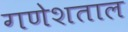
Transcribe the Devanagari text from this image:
गणेशताल